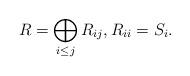
LaTeX: \begin{align*}R=\bigoplus_{i\leq j} R_{ij}, R_{ii}=S_i. \end{align*}